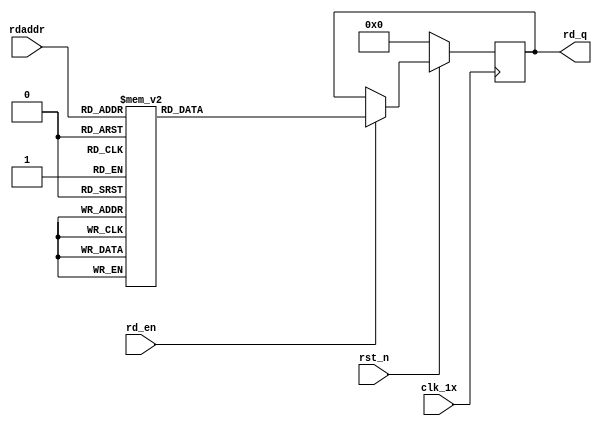
`timescale 1ns / 1ps
module F_normal_t12_next_Rom5(
input	          							clk_1x,
input	          							rst_n,
//////////////////////////////////////////////////////////////
input										rd_en,
input				[4:0]				rdaddr,
output		reg			[191:0]				rd_q
);

always @(posedge clk_1x)begin
	if(~rst_n)begin
		rd_q <= 192'b0;
	end
	else if(rd_en == 1'b1)begin
		case(rdaddr)
			5'h17: rd_q <= 192'b100011111011011101111010010110100111001011111000001000001110111011001111001100100110101011000000001011010001000110110011011101100011001000011010001100011010010000010111111011011101100111100110;
			5'h16: rd_q <= 192'b100000101101110011000000001001111101110111001110010000010110100100101010101010000001000011011001101100001110001100111110001110011100111101000010101000001101111100101000111010001111001111101001;
			5'h15: rd_q <= 192'b010111101100000010000110011000111010001001001001001010010011011010011011011111110110111001111110111011101101110110111001010101100000101010000100011100000111101100100110011111001010101011110100;
			5'h14: rd_q <= 192'b101010101111011001100010110010010111011101000110001011010010111111001111110011110010101100100111111101100101010011001100011011001010110100100011011111000001100000100100101110011011000011011110;
			5'h13: rd_q <= 192'b111000111010001101001101000001101000101000010101001011000111000010111000000100111010010011000001000010000111011111010011100100100010110100000001011000000110010001010000010110101001111101110000;
			5'h12: rd_q <= 192'b110000100101011000111011001111101000111100110111101100110000010011010111110011101000000100010110011111111001011100100110011110100110001110010100111100101000110111101101010100100010101101111111;
			5'h11: rd_q <= 192'b000111100110011011100011101101101011010100011010110011111010010110010101100100111011100011101110111011110100001110110011011011010000000111100001111011110010101001110001010001000111111111111100;
			5'h10: rd_q <= 192'b011110101000110010110000110101011001100011100010111110101001010111100000100001000100101000000111000010100001111111010010100111101000001100001000000011101000110011011000110101011111001100100010;
			5'h0f: rd_q <= 192'b100110011110000111100001111000101011100010101101011010001111110101000111001011010011011000011111110011000111101100001001101000010011000100100110101001000111010100110110000000100100010001101110;
			5'h0e: rd_q <= 192'b101101010101101010100010101000111011000000010110011100101011110100010100011101010010111001001000000110000111110000100111011100010011010111101011101100010110000010010101100000100000001100101111;
			5'h0d: rd_q <= 192'b000000101110010010100111001000111111010111010001110100100011110000111110011100100001011011000110110100100100001011000110000011010100110110100110110101110010110110100100000100101010001101011010;
			5'h0c: rd_q <= 192'b100010110001011001100101111111111111110111001110011110011010000111110101110000001101111100000111110111110111011010000101111001000100011001110001111011100100101010110011010001111000100111110111;
			5'h0b: rd_q <= 192'b001010011011111110010111111101111010000101111010010100001111001100011101111001001001011101111101100010011001110100100001001111001011001001101110001001110001110011011010010100010111010100000101;
			5'h0a: rd_q <= 192'b010010111101100101011011001111011111011001000110101100000100010100011110111100111011100011011100010000001110100010110001100000001011101010100100111010011100101111001111101111001001101010011000;
			5'h09: rd_q <= 192'b010110001111101110000101011110110100001011000000111011010001010000110010111000011001000111101111010001011100001001111100101001111111011001000100110100111001011101111111000100101001110101110110;
			5'h08: rd_q <= 192'b000010101000000110100100100000011011100101111011010101100101110000011011111011110010110010000011011010100100001111111001000110000111110101011000100111100100100000000010011001100101011001101000;
			5'h07: rd_q <= 192'b011111011010010100000101100100011001100010010011100101000001101000011101100000101011001111110010101111110100001101110101010011001010011110110000111001100010110010110100101011010101001000101000;
			5'h06: rd_q <= 192'b000011100000011100000001000000111111111101100010100011011011100000010011000011001000100001110000010000110000110000001100010001011110111100101111000100110100010000110000101000111010101100010101;
			5'h05: rd_q <= 192'b001001001101111010001011100101001010100000111100011001011010000000001111010101110001001101011001101000111101111011000111010010011001100010101101111100101010101101001111110000000101011011110001;
			5'h04: rd_q <= 192'b111000010111110010011000011011101000000110101011100100100111011010110100101101010101111100010001111011000111100011100011101100110011010010100111110100100111011000100111101101101100011111001111;
			5'h03: rd_q <= 192'b010010001000111100110001001100111111010011011000111001100000110010011001000111101010101110100100110000001110000110000111100011100001110111000000000010001101011000100010010001001011110010111011;
			5'h02: rd_q <= 192'b000001010010010000100000101100110101001011101000000100111011111010001011011101111111100000100010111001100100001111111100001101011110001101001010101011010100010100011100101011101110011011000110;
			5'h01: rd_q <= 192'b010111000001011010000011000000100110000010100111110010110010101011001111101110001101001001111110100011111101000110100011101111100011101000111011010001001110101001111000110011111100110110111000;
			5'h00: rd_q <= 192'b100001101010110010011010110111000010100100011111100101100001111111101000011001000101110110110000001110101111010010001010011111010111111001101100111110001001001111101111100010011001001101001111;
		default:rd_q <= 192'b0;
		endcase
	end
end

endmodule